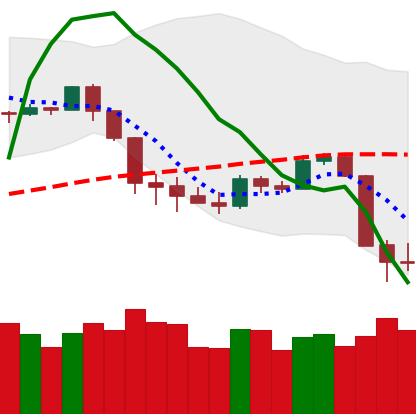
Ticker: BTC-USD
Chart end date: 2020-03-10
Forward return: -31.827%
Label: down_7plus